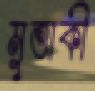
মুত্তাকী